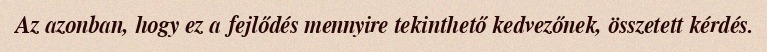
Az azonban, hogy ez a fejlődés mennyire tekinthető kedvezőnek, összetett kérdés.